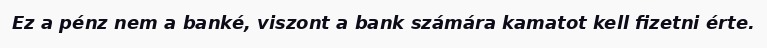
Ez a pénz nem a banké, viszont a bank számára kamatot kell fizetni érte.